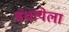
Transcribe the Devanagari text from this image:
बंधायेला